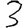
Digit: 3